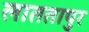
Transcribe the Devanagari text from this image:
लाततापुर